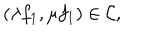
( \lambda f _ { 1 } , \mu f _ { 1 } ) \in { \cal C } ,